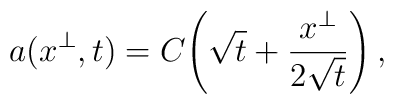
a(x^\perp,t)=C\!\left(\sqrt{t}+\frac{x^\perp}{2\sqrt{t}}\right),